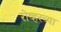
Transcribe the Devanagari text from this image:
रोव्हरच्या